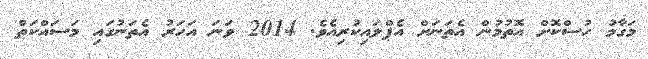
މަގާމު ހުސްކޮށް އޮތުމުން އެތަނަށް އެޕްލައިކުރިއެވެ. 2014 ވަނަ އަހަރު އެތަނުގައި މަސައްކަތް